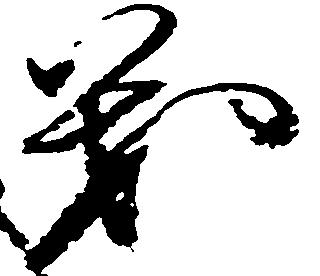
義